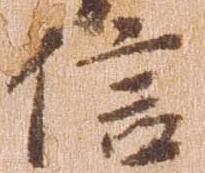
信